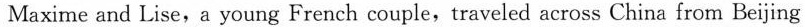
Maxime and Lise,a young French couple,traveled across China from Beijing